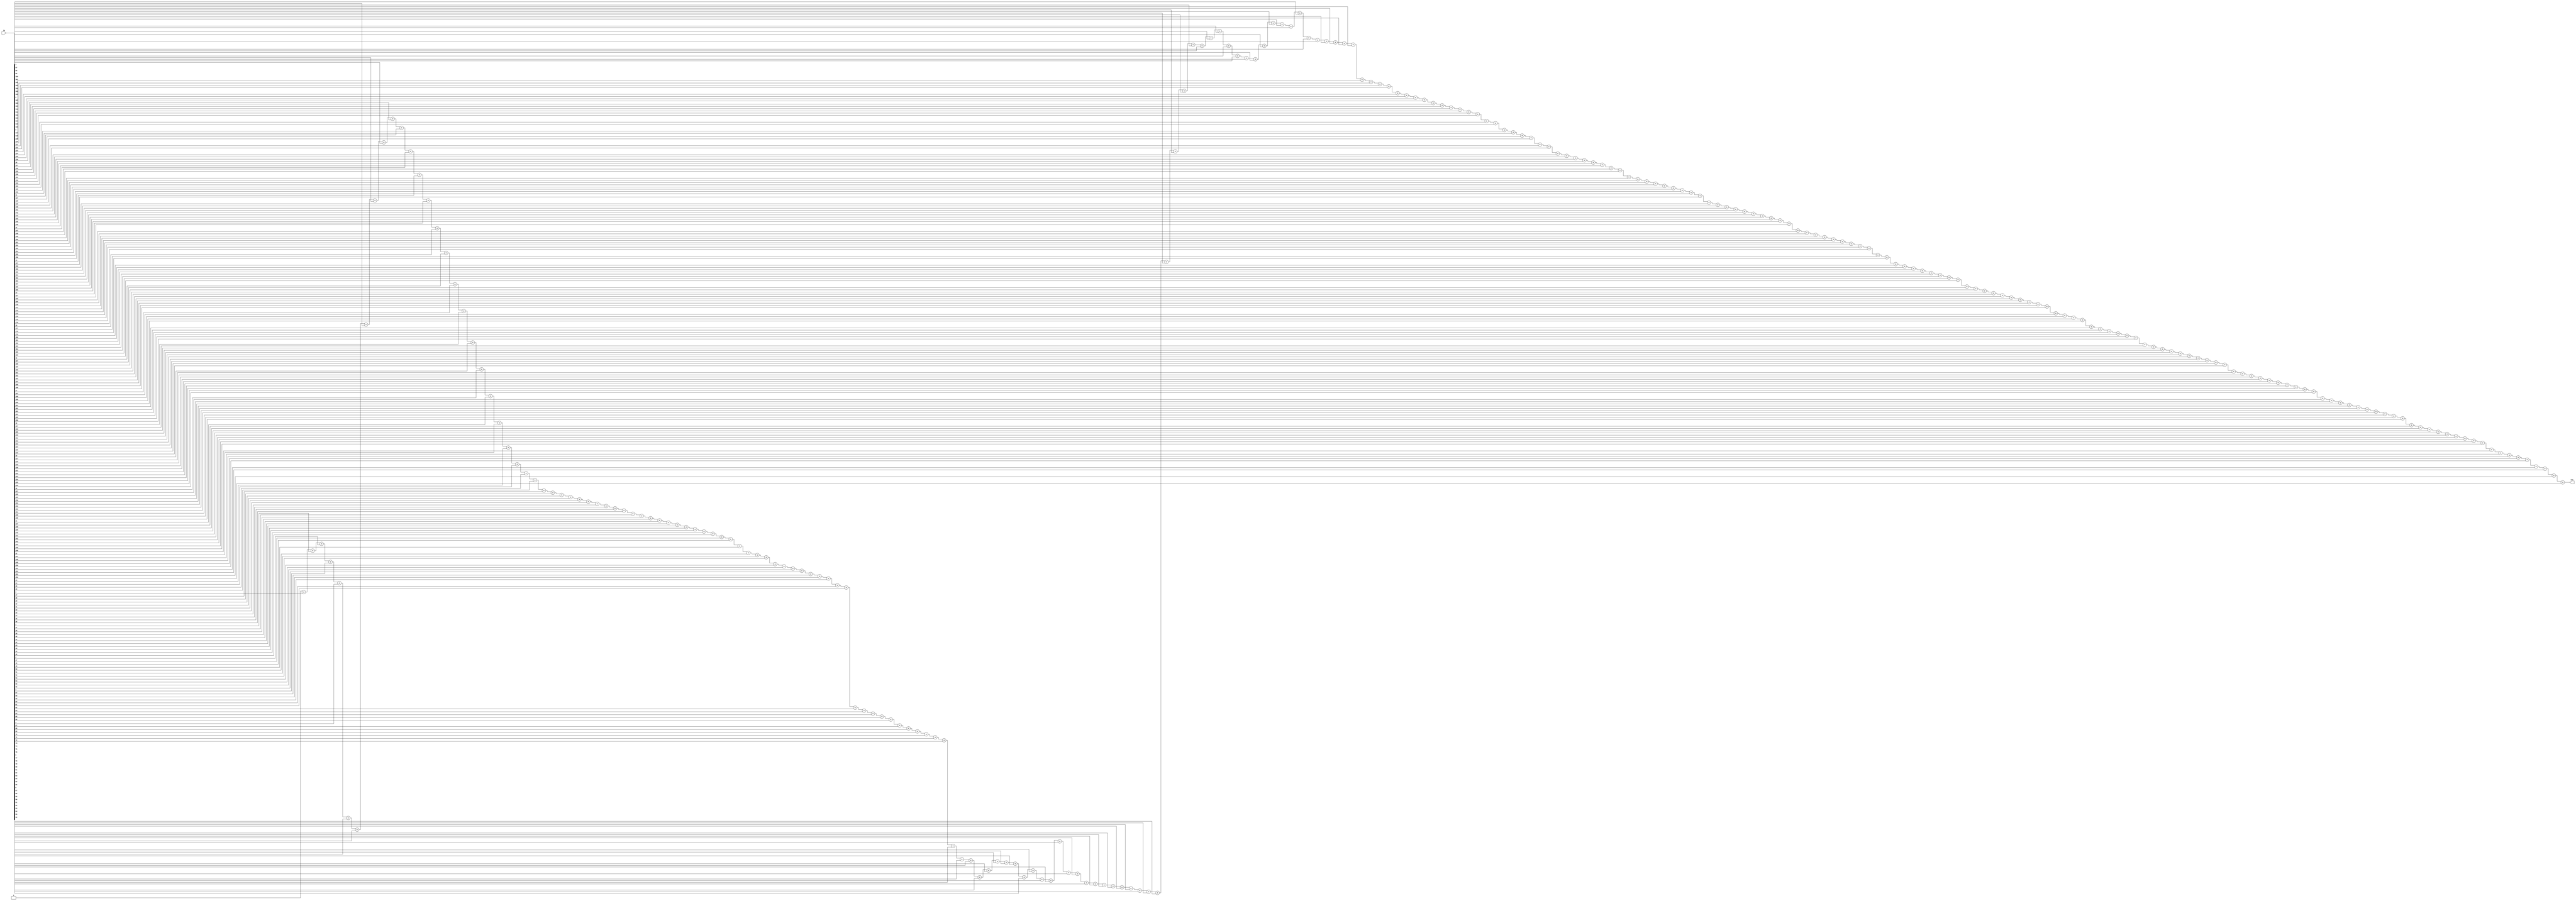
module top_module( 
    input [254:0] in,
    output [7:0] out );
    
    integer i;
    reg [7:0] count;
    
    always @(*) begin
        count = 0;
        for (i = 0; i < 255; i = i + 1) begin
            count = count + in[i];
        end
    end
    
    assign out = count;
    
endmodule